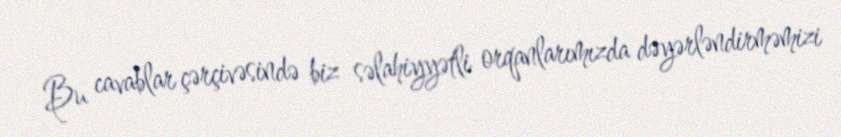
Bu cavablar çərçivəsində biz səlahiyyətli orqanlarımızda dəyərləndirməmizi